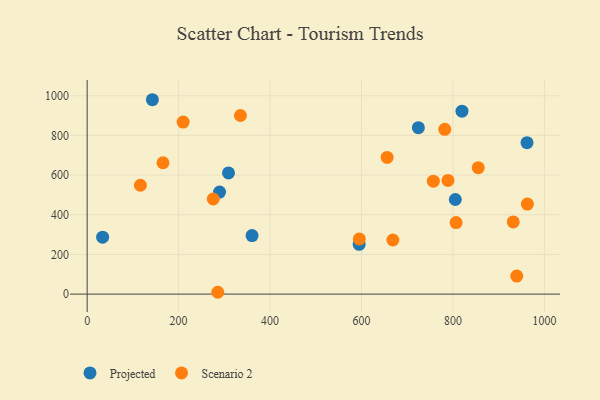
{"axis": {"x": "Study Hours", "y": "Yield"}, "legend": ["Projected", "Scenario 2"], "data": [{"x": "594.8", "y": 250.7, "type": "Projected"}, {"x": "360.6", "y": 294.9, "type": "Projected"}, {"x": "289.5", "y": 514.5, "type": "Projected"}, {"x": "724.3", "y": 838.7, "type": "Projected"}, {"x": "805.1", "y": 476.8, "type": "Projected"}, {"x": "33.8", "y": 287.0, "type": "Projected"}, {"x": "819.7", "y": 922.3, "type": "Projected"}, {"x": "142.6", "y": 979.8, "type": "Projected"}, {"x": "961.9", "y": 763.3, "type": "Projected"}, {"x": "309.1", "y": 610.8, "type": "Projected"}, {"x": "931.8", "y": 364.0, "type": "Scenario 2"}, {"x": "595.2", "y": 278.2, "type": "Scenario 2"}, {"x": "789.1", "y": 573.0, "type": "Scenario 2"}, {"x": "757.0", "y": 569.4, "type": "Scenario 2"}, {"x": "782.0", "y": 830.6, "type": "Scenario 2"}, {"x": "806.8", "y": 360.3, "type": "Scenario 2"}, {"x": "962.7", "y": 454.0, "type": "Scenario 2"}, {"x": "668.5", "y": 272.8, "type": "Scenario 2"}, {"x": "939.5", "y": 90.9, "type": "Scenario 2"}, {"x": "275.7", "y": 479.3, "type": "Scenario 2"}, {"x": "335.2", "y": 900.2, "type": "Scenario 2"}, {"x": "165.8", "y": 662.1, "type": "Scenario 2"}, {"x": "855.2", "y": 637.3, "type": "Scenario 2"}, {"x": "116.4", "y": 548.6, "type": "Scenario 2"}, {"x": "209.9", "y": 867.3, "type": "Scenario 2"}, {"x": "656.0", "y": 689.0, "type": "Scenario 2"}, {"x": "285.6", "y": 9.2, "type": "Scenario 2"}]}